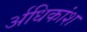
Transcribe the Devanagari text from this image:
र्अधिकांश